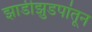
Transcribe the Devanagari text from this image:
झाडीझुडपांतून